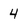
Character: 4